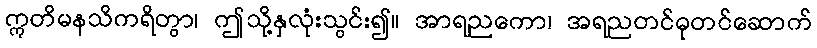
ဣတိမနသိကရိတွာ၊ ဤသို့နှလုံးသွင်း၍။ အာရညကော၊ အရညတင်ဓုတင်ဆောက်